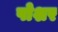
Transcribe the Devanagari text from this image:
पोशर